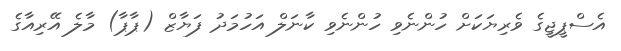
އެސްޕީޖީގެ ވެރިޔަކަށް ހުންނެވި ހުންނެވި ކާނަލް އަހުމަދު ފަޔާޒް (ޕާޕާ) މާލެ އޭރިއާގެ